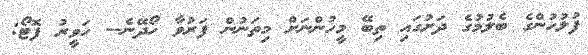
ފުލުހުންގެ ބެލުމުގެ ދަށުގައި ތިބޭ މީހުންނަށް މިތަނުން ފަރުވާ ހޯދޭނެ-- ހަވީރު ފޮޓޯ: